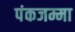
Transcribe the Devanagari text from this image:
पंकजम्मा